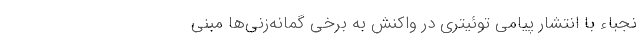
نُجَباء با انتشار پیامی توئیتری در واکنش به برخی گمانه‌زنی‌ها مبنی